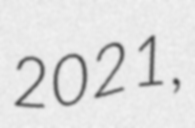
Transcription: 2021,